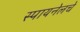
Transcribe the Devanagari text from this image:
स्पायनेलचे